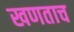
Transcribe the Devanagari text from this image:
खणताच